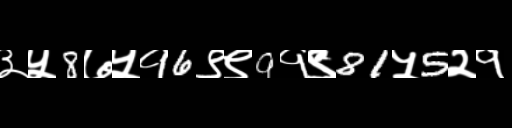
Text: ३५8७५१6९९9१९81५5२१